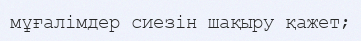
мұғалімдер сиезін шақыру қажет;